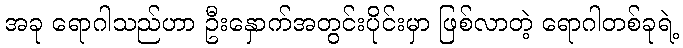
အခု ရောဂါသည်ဟာ ဦးနှောက်အတွင်းပိုင်းမှာ ဖြစ်လာတဲ့ ရောဂါတစ်ခုရဲ့